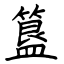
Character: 簋